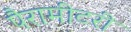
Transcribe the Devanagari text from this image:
पैरामीटरी